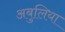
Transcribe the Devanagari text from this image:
अबुलिया